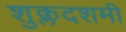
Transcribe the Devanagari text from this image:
शुक्लदशमी